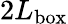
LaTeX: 2L_{\mathrm{{box}}}